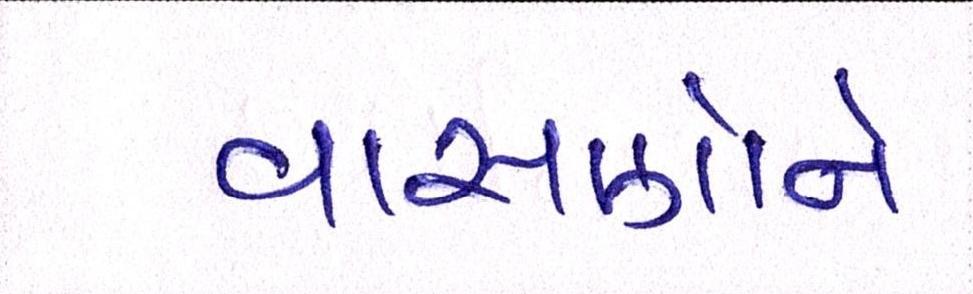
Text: વાસણોને